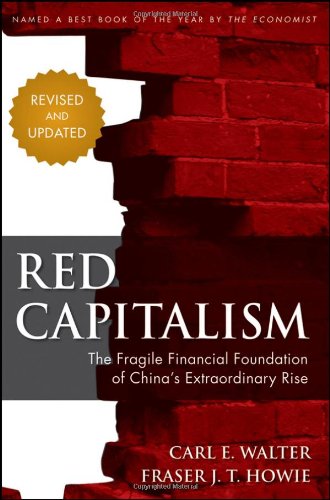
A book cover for Red Capitalism: The Fragile Financial Foundation of China's Extraordinary Rise; Carl Walter; Business & Money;